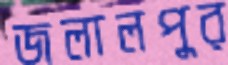
জলালপুর